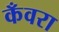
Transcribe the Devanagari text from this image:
कँवरा